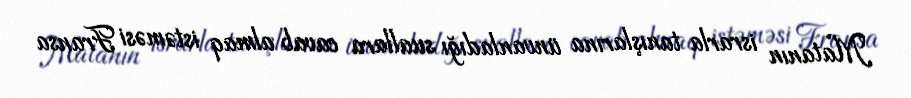
Matanın israrla tanışlarına ünvanladığı suallara cavab almaq istəməsi Fransa